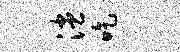
漶吃